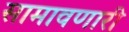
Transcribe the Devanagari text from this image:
सामावणारी